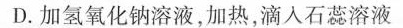
D.加氢氧化钠溶液，加热，滴入石蕊溶液